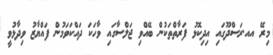
މިރޭ އއ.ރަސްދޫގައި އިދިކޮޅު ފަރާތްތަކުން ބޭއްވި ޖަލްސާގައި ވާހަކަ ދައްކަވަމުން ފައްޔާޒު ވިދާޅުވީ